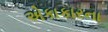
એકાકારના